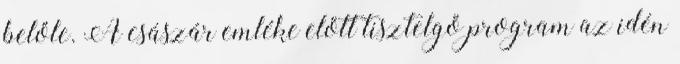
belőle. A császár emléke előtt tisztelgő program az idén